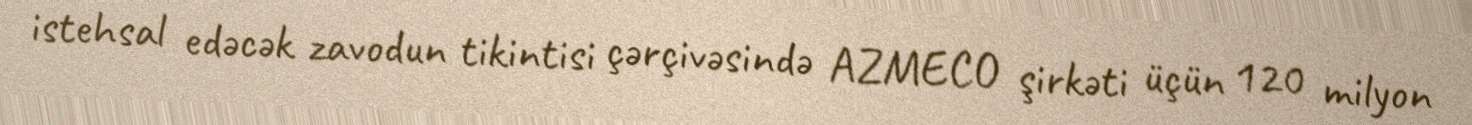
istehsal edəcək zavodun tikintisi çərçivəsində AZMECO şirkəti üçün 120 milyon